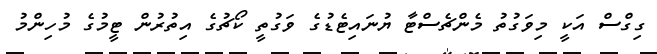
ގިގްސް އަކީ މިވަގުތު މެންޗެސްޓާ ޔުނައިޓެޑުގެ ވަގުތީ ކޯޗުގެ އިތުރުން ޓީމުގެ މުހިންމު